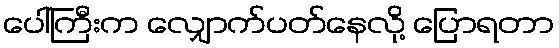
ပေါ်ကြီးက လျှောက်ပတ်နေလို့ ပြောရတာ